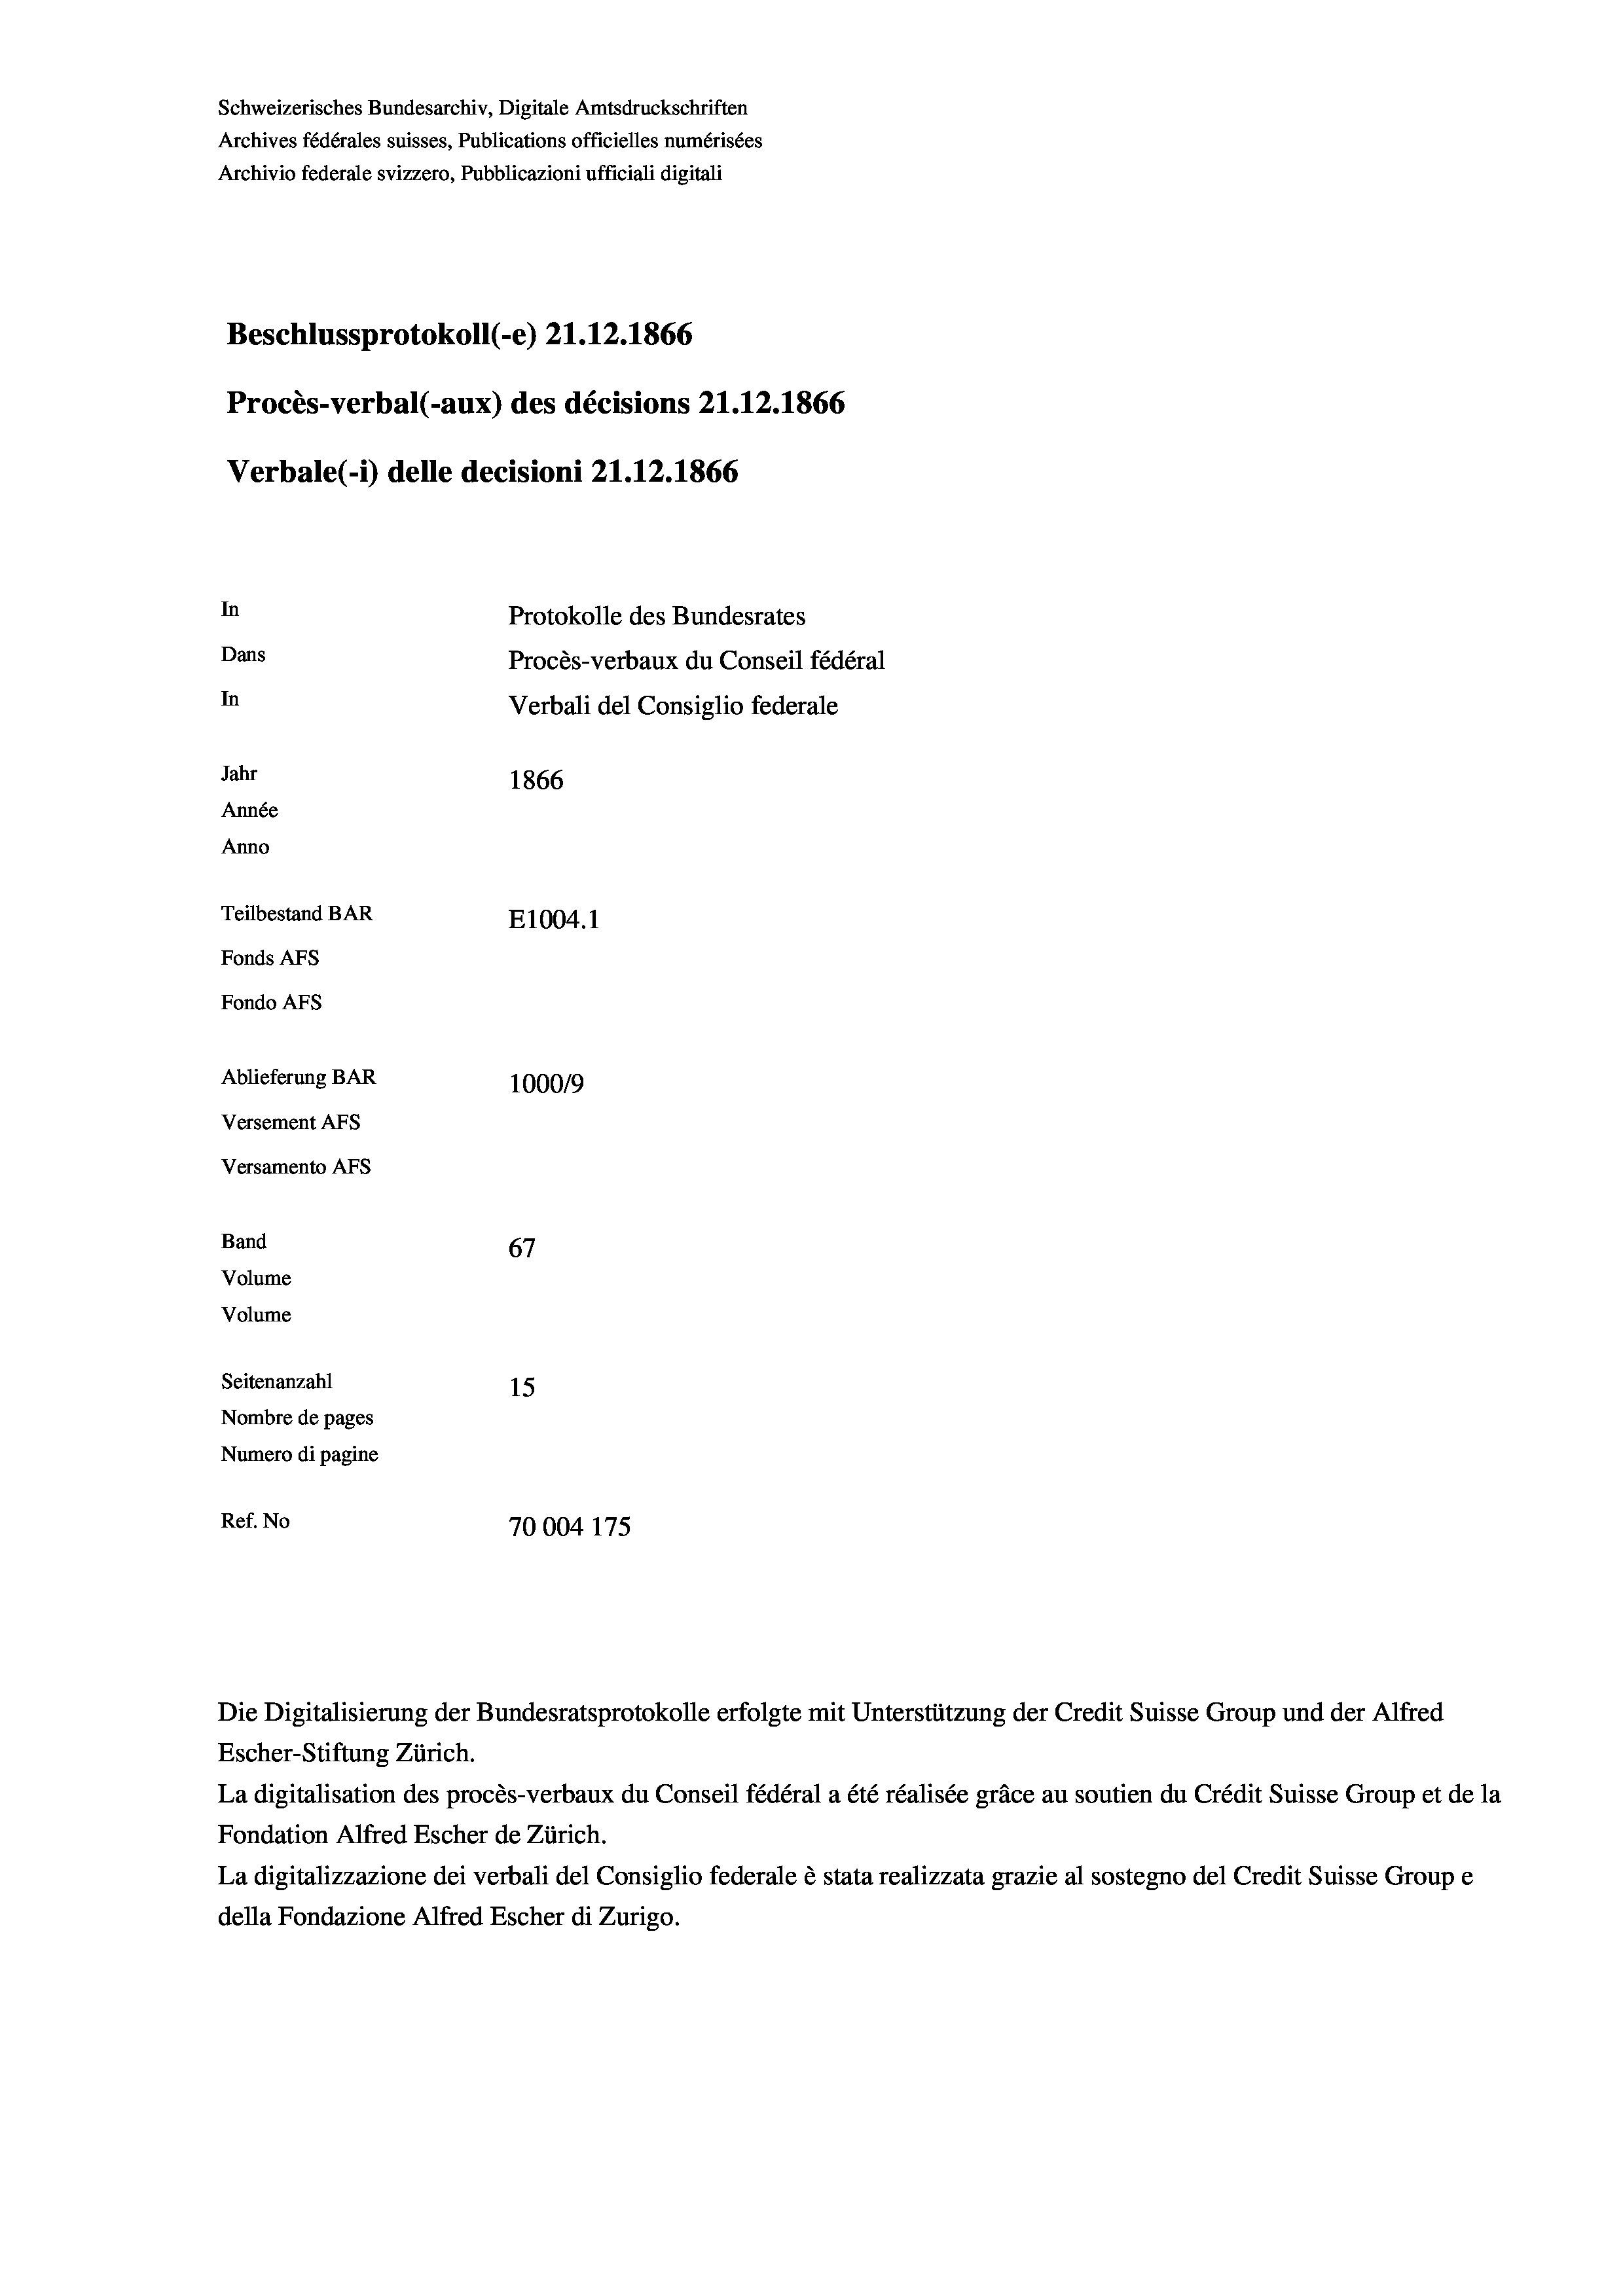
Schweizerisches Bundesarchiv, Digitale Amtsdruckschriften
Archives fédérales suisses, Publications officielles numérisées
Archivio federale svizzero, Pubblicazioni ufficiali digitali
Beschlussprotokoll (-e) 21.12.1866
Procès-verbal (-aux) des décisions 21.12.1866
Verbale (i) delle decisioni 21.12.1866
In
Protokolle des Bundesrates
Dans
Procès-verbaux du Conseil fédéral
In
Verbali del Consiglio federale
Jahr
1866
Année
Anno
Teilbestand BAR
E1004. 1
Fonds AFs
Fondo AFs
Ablieferung BAR
1000/9

Versement Abs
Versamento AFs
Band
Volume
Volume
Seitenanzahl

67
15
Nombre de pages
Numero di pagine
Ref. No
70004 175

Die Digitalisierung der Bundesratsprotokolle erfolgte mit Unterstützung der Credit Suisse Group und der Alfred
Escher-Stiftung Zürich.
La digitalisation des procès-verbaux du Conseil fédéral a été réalisée gräce au soutien du Crédit Suisse Group et de la
Fondation Alfred Escher de Zürich.
La digitalizzazione dei verbali del Consiglio federale è stata realizzata grazie al sostegno del Credit Suisse Groupe
della Fondazione Alfred Escher di Zurigo.